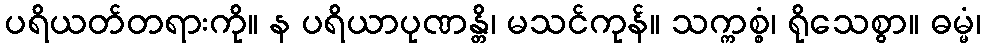
ပရိယတ်တရားကို။ န ပရိယာပုဏန္တိ၊ မသင်ကုန်။ သက္ကစ္စံ၊ ရိုသေစွာ။ ဓမ္မံ၊